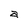
Character: a